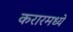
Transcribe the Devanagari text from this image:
करारमध्ये